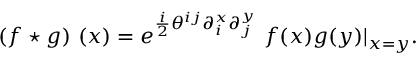
\left( f \star g \right) \, \left( x \right) = e ^ { { \frac { i } { 2 } } \theta ^ { i j } \partial _ { i } ^ { x } \partial _ { j } ^ { y } } \ f ( x ) g ( y ) | _ { x = y } .